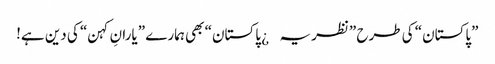
”پاکستان“ کی طرح ”نظریہ¿ پاکستان“ بھی ہمارے ”یارانِ کہن“ کی دین ہے!